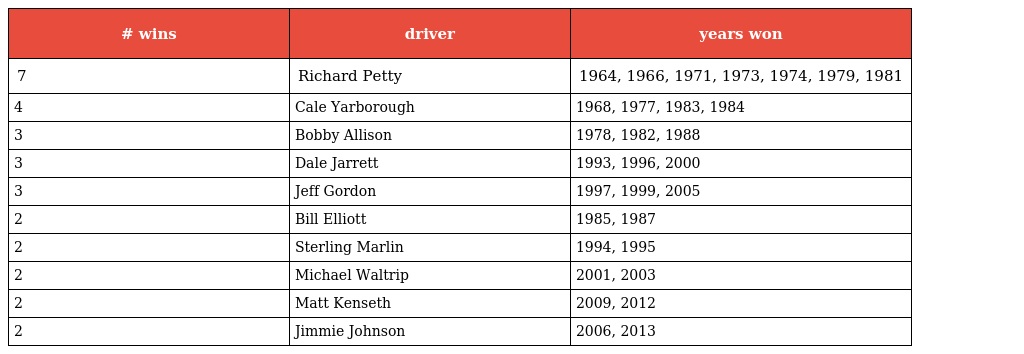
| # wins | driver | years won |
 | --- | --- | --- |
 | 7 | Richard Petty | 1964, 1966, 1971, 1973, 1974, 1979, 1981 |
 | 4 | Cale Yarborough | 1968, 1977, 1983, 1984 |
 | 3 | Bobby Allison | 1978, 1982, 1988 |
 | 3 | Dale Jarrett | 1993, 1996, 2000 |
 | 3 | Jeff Gordon | 1997, 1999, 2005 |
 | 2 | Bill Elliott | 1985, 1987 |
 | 2 | Sterling Marlin | 1994, 1995 |
 | 2 | Michael Waltrip | 2001, 2003 |
 | 2 | Matt Kenseth | 2009, 2012 |
 | 2 | Jimmie Johnson | 2006, 2013 |